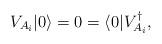
LaTeX: \begin{align*}V_{A_i}\arrowvert 0 \rangle=0=\langle 0 \arrowvert V_{A_i}^\dagger,\end{align*}